Calcutta medical institutions reports 1892-1900
Year: 1892
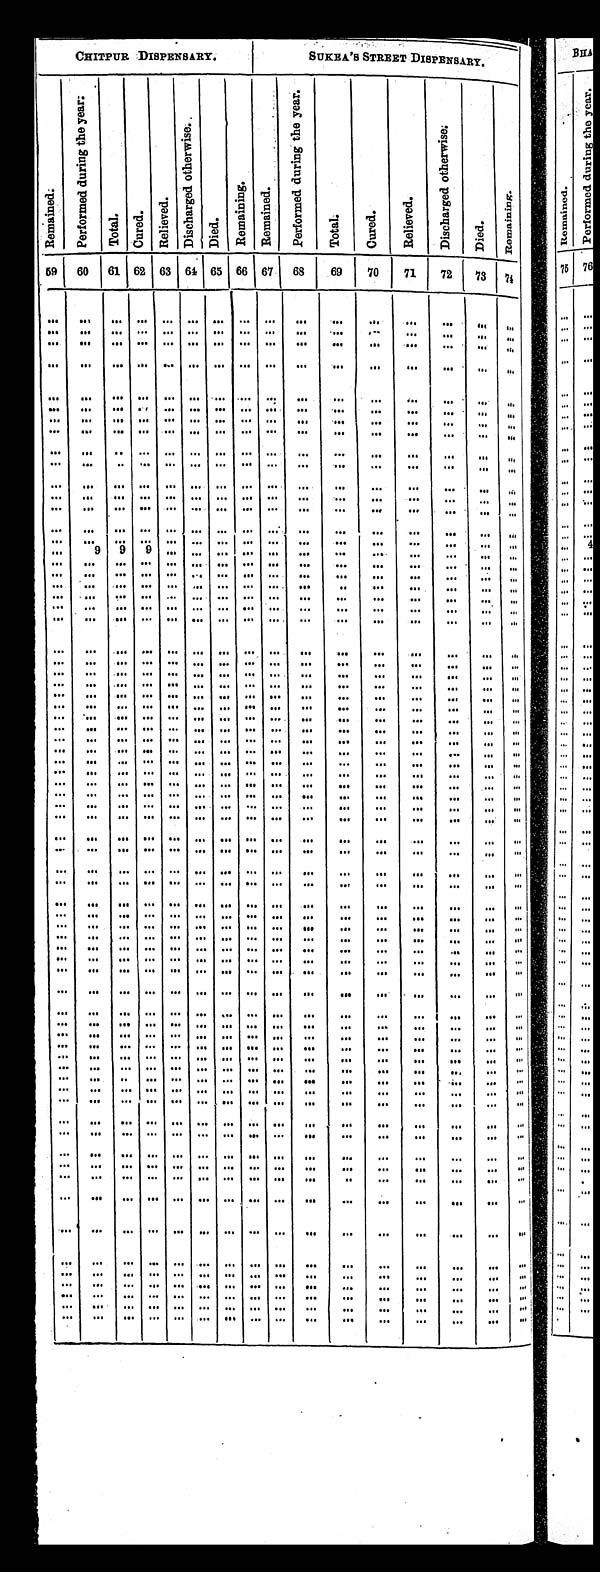
CHITPUR DISPENSARY.
SUKEA'S STREET DISPENSARY.
R e m a i n e d .
P e r f o r m e d d u r i n g t h e y e a r .
T o t a l .
C u r e d .
R e l i e v e d .
D i s c h a r g e d o t h e r w i s e .
D i e d .
R e m a i n i n g .
R e m a i n e d .
P e r f o r m e d d u r i n g t h e y e a r .
T o t a l .
C u r e d .
R e l i e v e d .
D i s c h a r g e d o t h e r w i s e .
D i e d .
R e m a i n i n g .
59
60
61 62 63 64 65 66 67
68
69
70
71
72
73
74
. . .
. . .
. . .
. . .
. . .
. . .
. . .
. . .
. . .
. . .
. . .
. . .
. . .
. . .
. . .
. . .
. . .
. . .
. . .
. . .
. . .
. . .
. . .
. . .
. . .
. . .
. . .
. . .
. . .
. . .
. . .
. . .
. . .
. . .
. . .
. . .
. . .
. . .
. . .
. . .
. . .
. . .
. . .
. . .
. . .
. . .
. . .
. . .
. . .
. . .
. . .
. . .
. . .
. . .
. . .
. . .
. . .
. . .
. . .
. . .
. . .
. . .
. . .
. . .
. . .
. . .
. . .
. . .
. . .
. . .
. . .
. . .
. . .
. . .
. . .
. . .
. . .
. . .
. . .
. . .
. . .
. . .
. . .
. . .
. . .
. . .
. . .
. . .
. . .
. . .
. . .
. . .
. . .
. . .
. . .
. . .
. . .
. . .
. . .
. . .
. . .
. . .
. . .
. . .
. . .
. . .
. . .
. . .
. . .
. . .
. . .
. . .
. . .
. . .
. . .
. . .
. . .
. . .
. . .
. . .
. . .
. . .
. . .
. . .
. . .
. . .
. . .
. . .
. . .
. . .
. . .
. . .
. . .
. . .
. . .
. . .
. . .
. . .
. . .
. . .
. . .
. . .
. . .
. . .
. . .
. . .
. . .
. . .
. . .
. . .
. . .
. . .
. . .
. . .
. . .
. . .
. . .
. . .
. . .
. . .
. . .
. . .
. . .
. . .
. . .
. . .
. . .
. . .
. . .
. . .
. . .
. . .
. . .
. . .
. . .
. . .
. . .
. . .
. . .
. . .
. . .
. . .
. . .
. . .
. . .
. . .
. . .
. . .
. . .
. . .
. . .
. . .
. . .
. . .
. . .
. . .
. . .
. . .
. . .
. . .
. . .
. . .
. . .
. . .
. . .
. . .
. . .
. . .
. . .
. . .
. . .
. . .
. . .
. . .
. . .
. . .
. . .
. . .
. . .
. . .
. . .
. . .
. . .
. . .
. . .
. . .
. . .
. . .
. . .
. . .
. . .
. . .
. . .
. . .
. . .
. . .
. . .
. . .
. . .
. . .
. . .
9
9
9
. . .
. . .
. . .
. . .
. . .
. . .
. . .
. . .
. . .
. . .
. . .
. . .
. . .
. . .
. . .
. . .
. . .
. . .
. . .
. . .
. . .
. . .
. . .
. . .
. . .
. . .
. . .
. . .
. . .
. . .
. . .
. . .
. . .
. . .
. . .
. . .
. . .
. . .
. . .
. . .
. . .
. . .
. . .
. . .
. . .
. . .
. . .
. . .
. . .
. . .
. . .
. . .
. . .
. . .
. . .
. . .
. . .
. . .
. . .
. . .
. . .
. . .
. . .
. . .
. . .
. . .
. . .
. . .
. . .
. . .
. . .
. . .
. . .
. . .
. . .
. . .
. . .
. . .
. . .
. . .
. . .
. . .
. . .
. . .
. . .
. . .
. . .
. . .
. . .. . .
. . .
. . .
. . .
. . .
. . .
. . .
. . .
. . .
. . .
. . .
. . .
. . .
. . .
. . .
. . .. . .
. . .
. . .
. . .
. . .
. . .
. . .
. . .
. . .
. . .
. . .
. . .
. . .
. . .
. . .
. . .. . .
. . .
. . .
. . .
. . .
. . .
. . .
. . .
. . .
. . .
. . .
. . .
. . .
. . .
. . .
. . .. . .
. . .
. . .
. . .
. . .
. . .
. . .
. . .
. . .
. . .
. . .
. . .
. . .
. . .
. . .
. . .. . .
. . .
. . .
. . .
. . .
. . .
. . .
. . .
. . .
. . .
. . .
. . .
. . .
. . .
. . .
. . .. . .
. . .
. . .
. . .
. . .
. . .
. . .
. . .
. . .
. . .
. . .
. . .
. . .
. . .
. . .
. . .. . .
. . .
. . .
. . .
. . .
. . .
. . .
. . .
. . .
. . .
. . .
. . .
. . .
. . .
. . .
. . .. . .
. . .
. . .
. . .
. . .
. . .
. . .
. . .
. . .
. . .
. . .
. . .
. . .
. . .
. . .
. . .. . .
. . .
. . .
. . .
. . .
. . .
. . .
. . .
. . .
. . .
. . .
. . .
. . .
. . .
. . .
. . .. . .
. . .
. . .
. . .
. . .
. . .
. . .
. . .
. . .
. . .
. . .
. . .
. . .
. . .
. . .
. . .. . .
. . .
. . .
. . .
. . .
. . .
. . .
. . .
. . .
. . .
. . .
. . .
. . .
. . .
. . .
. . .. . .
. . .
. . .
. . .
. . .
. . .
. . .
. . .
. . .
. . .
. . .
. . .
. . .
. . .
. . .
. . .. . .
. . .
. . .
. . .
. . .
. . .
. . .
. . .
. . .
. . .
. . .
. . .
. . .
. . .
. . .
. . .. . .
. . .
. . .
. . .
. . .
. . .
. . .
. . .
. . .
. . .
. . .
. . .
. . .
. . .
. . .
. . .. . .
. . .
. . .
. . .
. . .
. . .
. . .
. . .
. . .
. . .
. . .
. . .
. . .
. . .
. . .
. . .. . .
. . .
. . .
. . .
. . .
. . .
. . .
. . .
. . .
. . .
. . .
. . .
. . .
. . .
. . .
. . .. . .
. . .
. . .
. . .
. . .
. . .
. . .
. . .
. . .
. . .
. . .
. . .
. . .
. . .
. . .
. . .. . .
. . .
. . .
. . .
. . .
. . .
. . .
. . .
. . .
. . .
. . .
. . .
. . .
. . .
. . .
. . .. . .
. . .
. . .
. . .
. . .
. . .
. . .
. . .
. . .
. . .
. . .
. . .
. . .
. . .
. . .
. . .. . .
. . .
. . .
. . .
. . .
. . .
. . .
. . .
. . .
. . .
. . .
. . .
. . .
. . .
. . .
. . .. . .
. . .
. . .
. . .
. . .
. . .
. . .
. . .
. . .
. . .
. . .
. . .
. . .
. . .
. . .
. . .. . .
. . .
. . .
. . .
. . .
. . .
. . .
. . .
. . .
. . .
. . .
. . .
. . .
. . .
. . .
. . .. . .
. . .
. . .
. . .
. . .
. . .
. . .
. . .
. . .
. . .
. . .
. . .
. . .
. . .
. . .
. . .. . .
. . .
. . .
. . .
. . .
. . .
. . .
. . .
. . .
. . .
. . .
. . .
. . .
. . .
. . .
. . .. . .
. . .
. . .
. . .
. . .
. . .
. . .
. . .
. . .
. . .
. . .
. . .
. . .
. . .
. . .
. . .. . .
. . .
. . .
. . .
. . .
. . .
. . .
. . .
. . .
. . .
. . .
. . .
. . .
. . .
. . .
. . .. . .
. . .
. . .
. . .
. . .
. . .
. . .
. . .
. . .
. . .
. . .
. . .
. . .
. . .
. . .
. . .. . .
. . .
. . .
. . .
. . .
. . .
. . .
. . .
. . .
. . .
. . .
. . .
. . .
. . .
. . .
. . .. . .
. . .
. . .
. . .
. . .
. . .
. . .
. . .
. . .
. . .
. . .
. . .
. . .
. . .
. . .
. . .. . .
. . .
. . .
. . .
. . .
. . .
. . .
. . .
. . .
. . .
. . .
. . .
. . .
. . .
. . .
. . .. . .
. . .
. . .
. . .
. . .
. . .
. . .
. . .
. . .
. . .
. . .
. . .
. . .
. . .
. . .
. . .. . .
. . .
. . .
. . .
. . .
. . .
. . .
. . .
. . .
. . .
. . .
. . .
. . .
. . .
. . .
. . .. . .
. . .
. . .
. . .
. . .
. . .
. . .
. . .
. . .
. . .
. . .
. . .
. . .
. . .
. . .
. . .. . .
. . .
. . .
. . .
. . .
. . .
. . .
. . .
. . .
. . .
. . .
. . .
. . .
. . .
. . .
. . .. . .
. . .
. . .
. . .
. . .
. . .
. . .
. . .
. . .
. . .
. . .
. . .
. . .
. . .
. . .
. . .. . .
. . .
. . .
. . .
. . .
. . .
. . .
. . .
. . .
. . .
. . .
. . .
. . .
. . .
. . .
. . .. . .
. . .
. . .
. . .
. . .
. . .
. . .
. . .
. . .
. . .
. . .
. . .
. . .
. . .
. . .
. . .. . .
. . .
. . .
. . .
. . .
. . .
. . .
. . .
. . .
. . .
. . .
. . .
. . .
. . .
. . .
. . .. . .
. . .
. . .
. . .
. . .
. . .
. . .
. . .
. . .
. . .
. . .
. . .
. . .
. . .
. . .
. . .. . .
. . .
. . .
. . .
. . .
. . .
. . .
. . .
. . .
. . .
. . .
. . .
. . .
. . .
. . .
. . .. . .
. . .
. . .
. . .
. . .
. . .
. . .
. . .
. . .
. . .
. . .
. . .
. . .
. . .
. . .
. . .. . .
. . .
. . .
. . .
. . .
. . .
. . .
. . .
. . .
. . .
. . .
. . .
. . .
. . .
. . .
. . .. . .
. . .
. . .
. . .
. . .
. . .
. . .
. . .
. . .
. . .
. . .
. . .
. . .
. . .
. . .
. . .. . .
. . .
. . .
. . .
. . .
. . .
. . .
. . .
. . .
. . .
. . .
. . .
. . .
. . .
. . .
. . .. . .
. . .
. . .
. . .
. . .
. . .
. . .
. . .
. . .
. . .
. . .
. . .
. . .
. . .
. . .
. . .. . .
. . .
. . .
. . .
. . .
. . .
. . .
. . .
. . .
. . .
. . .
. . .
. . .
. . .
. . .
. . .. . .
. . .
. . .
. . .
. . .
. . .
. . .
. . .
. . .
. . .
. . .
. . .
. . .
. . .
. . .
. . .. . .
. . .
. . .
. . .
. . .
. . .
. . .
. . .
. . .
. . .
. . .
. . .
. . .
. . .
. . .
. . .. . .
. . .
. . .
. . .
. . .
. . .
. . .
. . .
. . .
. . .
. . .
. . .
. . .
. . .
. . .
. . .. . .
. . .
. . .
. . .
. . .
. . .
. . .
. . .
. . .
. . .
. . .
. . .
. . .
. . .
. . .
. . .. . .
. . .
. . .
. . .
. . .
. . .
. . .
. . .
. . .
. . .
. . .
. . .
. . .
. . .
. . .
. . .. . .
. . .
. . .